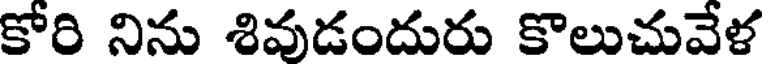
కోరి నిను శివుడందురు కొలుచువేళ